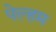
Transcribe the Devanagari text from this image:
पेल्हम